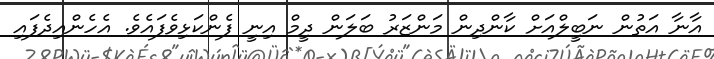
އާނާ އަތުން ނަބީލްއަށް ކާންދިން މަންޒަރު ބަލަން ދީމް އިނީ ފެންކަޅިވެފައެވެ. އެހެންއިދެފައި